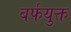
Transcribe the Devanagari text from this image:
बर्फयुक्त